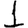
Digit: 1